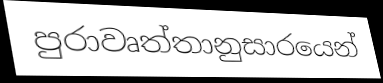
පුරාවෘත්තානුසාරයෙන්